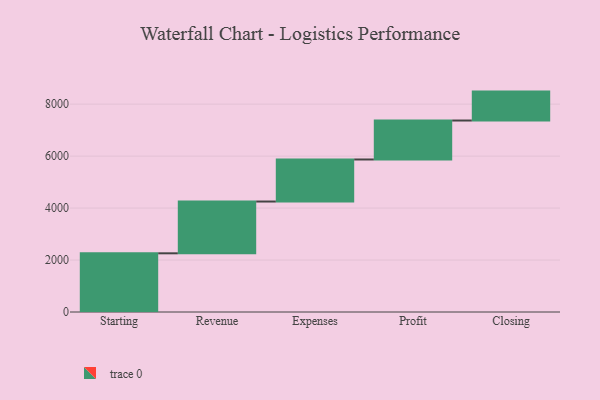
{"axis": {"x": "Step", "y": "Value"}, "legend": [""], "data": [{"x": "Starting", "y": 2259.0, "type": ""}, {"x": "Revenue", "y": 1993.0, "type": ""}, {"x": "Expenses", "y": 1618.0, "type": ""}, {"x": "Profit", "y": 1500.0, "type": ""}, {"x": "Closing", "y": 1113.0, "type": ""}]}